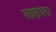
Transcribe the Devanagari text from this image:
गद्यसाधना